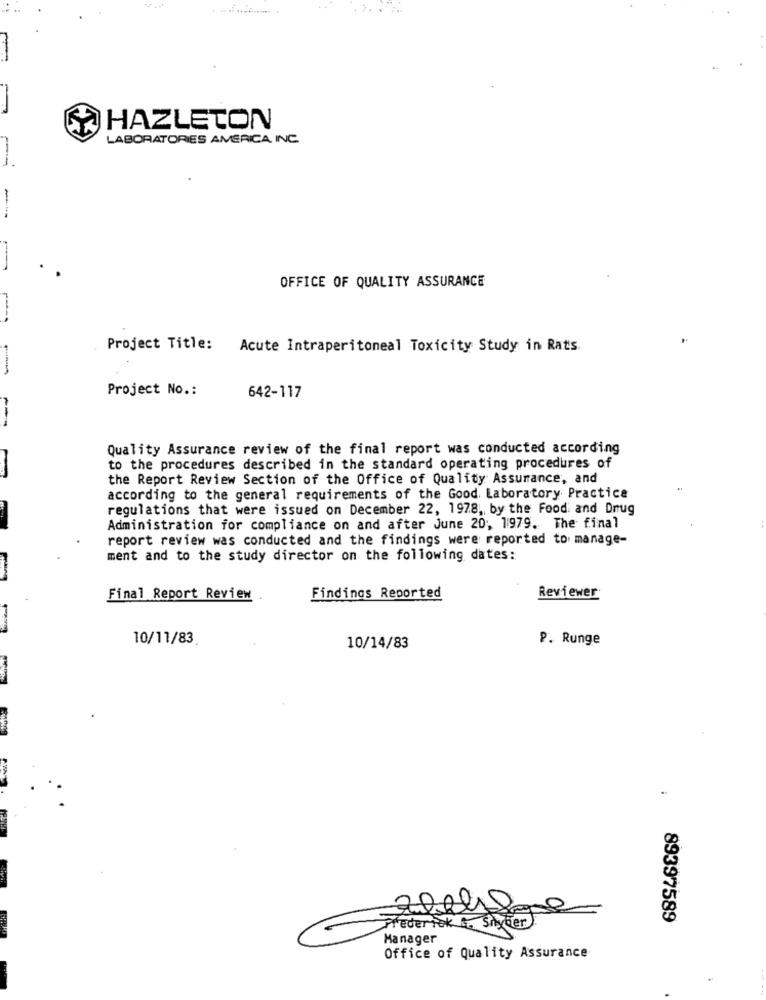
HAZLETON
LABORATORIES AMERICA, INC.
OFFICE OF QUALITY ASSURANCE
Project Title:
Acute Intraperitoneal Toxicity Study in Rats.
Project No .:
642-117
---
Quality Assurance review of the final report was conducted according
to the procedures described in the standard operating procedures of
the Report Review Section of the Office of Quality Assurance, and
according to the general requirements of the Good. Laboratory Practice
regulations that were issued on December 22, 1978, by the Food and Drug
Administration for compliance on and after June 20; 1979. The final
report review was conducted and the findings were reported to manage-
ment and to the study director on the following dates:
Final Report Review
Findings Reported
Reviewer
10/11/83
P. Runge
10/14/83
0
Her)
89397589
Freder Fok
Manager
Office of Quality Assurance
.